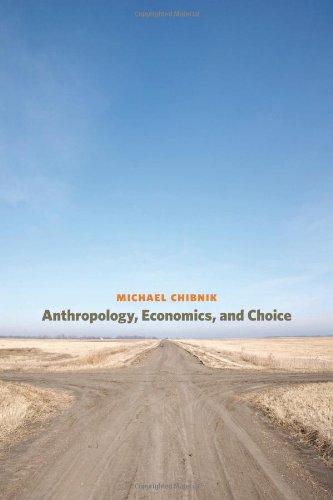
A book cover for Anthropology, Economics, and Choice; Michael Chibnik; Business & Money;